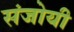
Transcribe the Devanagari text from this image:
संजोयी